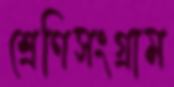
শ্রেণিসংগ্রাম